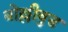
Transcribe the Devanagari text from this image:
बोल्लीवुड